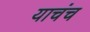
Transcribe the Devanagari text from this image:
याचंच